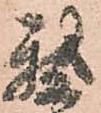
我